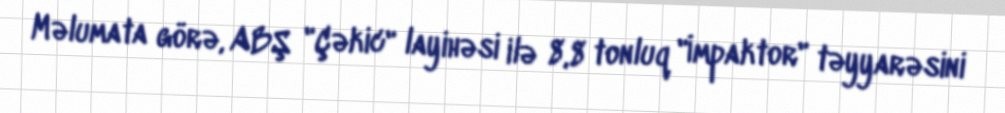
Məlumata görə, ABŞ "Çəkic" layihəsi ilə 8,8 tonluq "İmpaktor" təyyarəsini